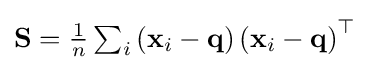
\textstyle \mathbf {S} ={\frac {1}{n}}\sum _{i}\left(\mathbf {x} _{i}-\mathbf {q} \right)\left(\mathbf {x} _{i}-\mathbf {q} \right)^{\top }